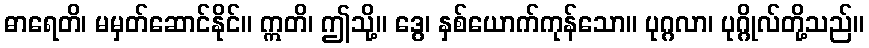
ဓာရေတိ၊ မမှတ်ဆောင်နိုင်။ ဣတိ၊ ဤသို့။ ဒွေ၊ နှစ်ယောက်ကုန်သော။ ပုဂ္ဂလာ၊ ပုဂ္ဂိုလ်တို့သည်။